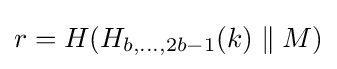
r=H(H_{b,\dots ,2b-1}(k)\parallel M)